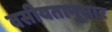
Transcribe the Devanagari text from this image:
वसीयतानुसार